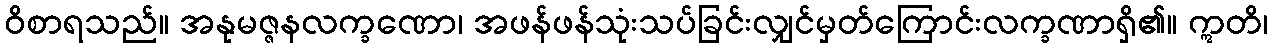
ဝိစာရသည်။ အနုမဇ္ဇနလက္ခဏော၊ အဖန်ဖန်သုံးသပ်ခြင်းလျှင်မှတ်ကြောင်းလက္ခဏာရှိ၏။ ဣတိ၊